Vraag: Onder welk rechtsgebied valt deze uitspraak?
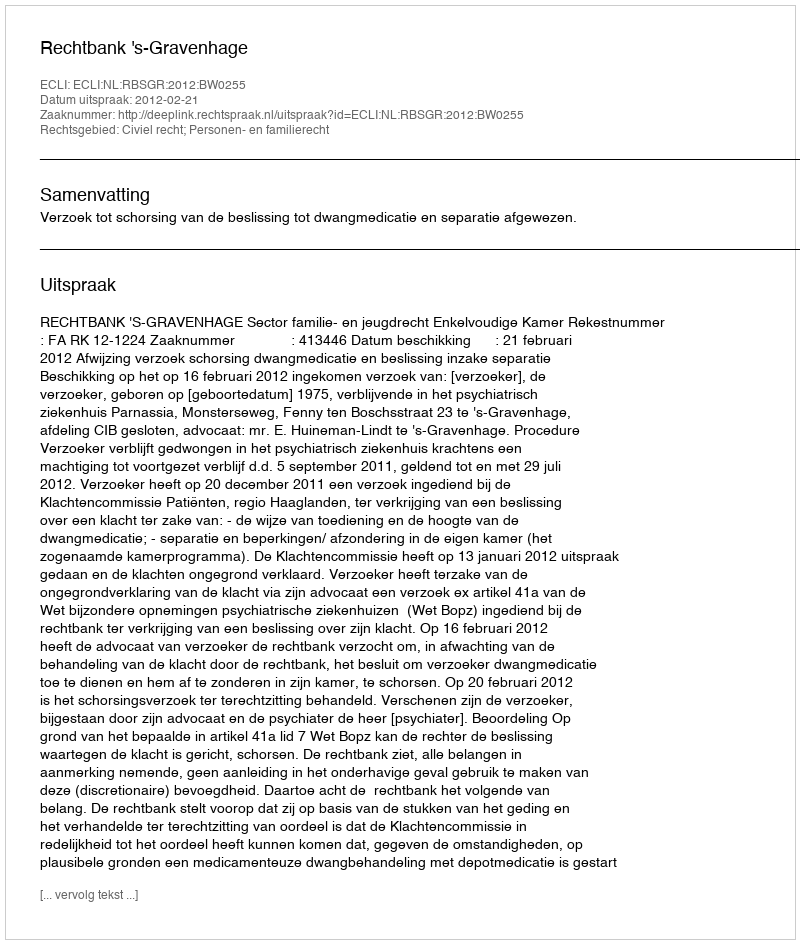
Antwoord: Civiel recht; Personen- en familierecht